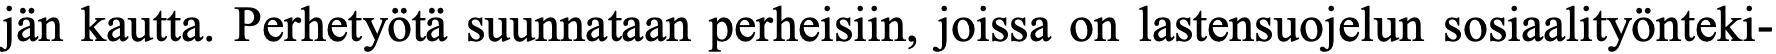
jän kautta. Perhetyötä suunnataan perheisiin, joissa on lastensuojelun sosiaalityönteki-